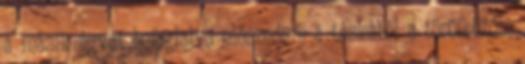
a másik ágyat befoglalva előszedem a táskából a törölközőm